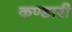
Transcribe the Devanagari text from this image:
कण्डारी